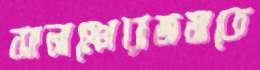
সানাঞোরাজমাকে